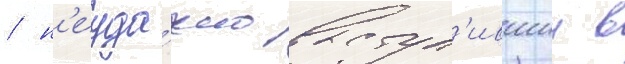
/ н'еуда́чно выступ'ившии в